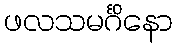
ဖလသမင်္ဂိနော